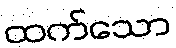
ထက်သော